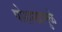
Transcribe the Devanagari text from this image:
पोशाखामुळे